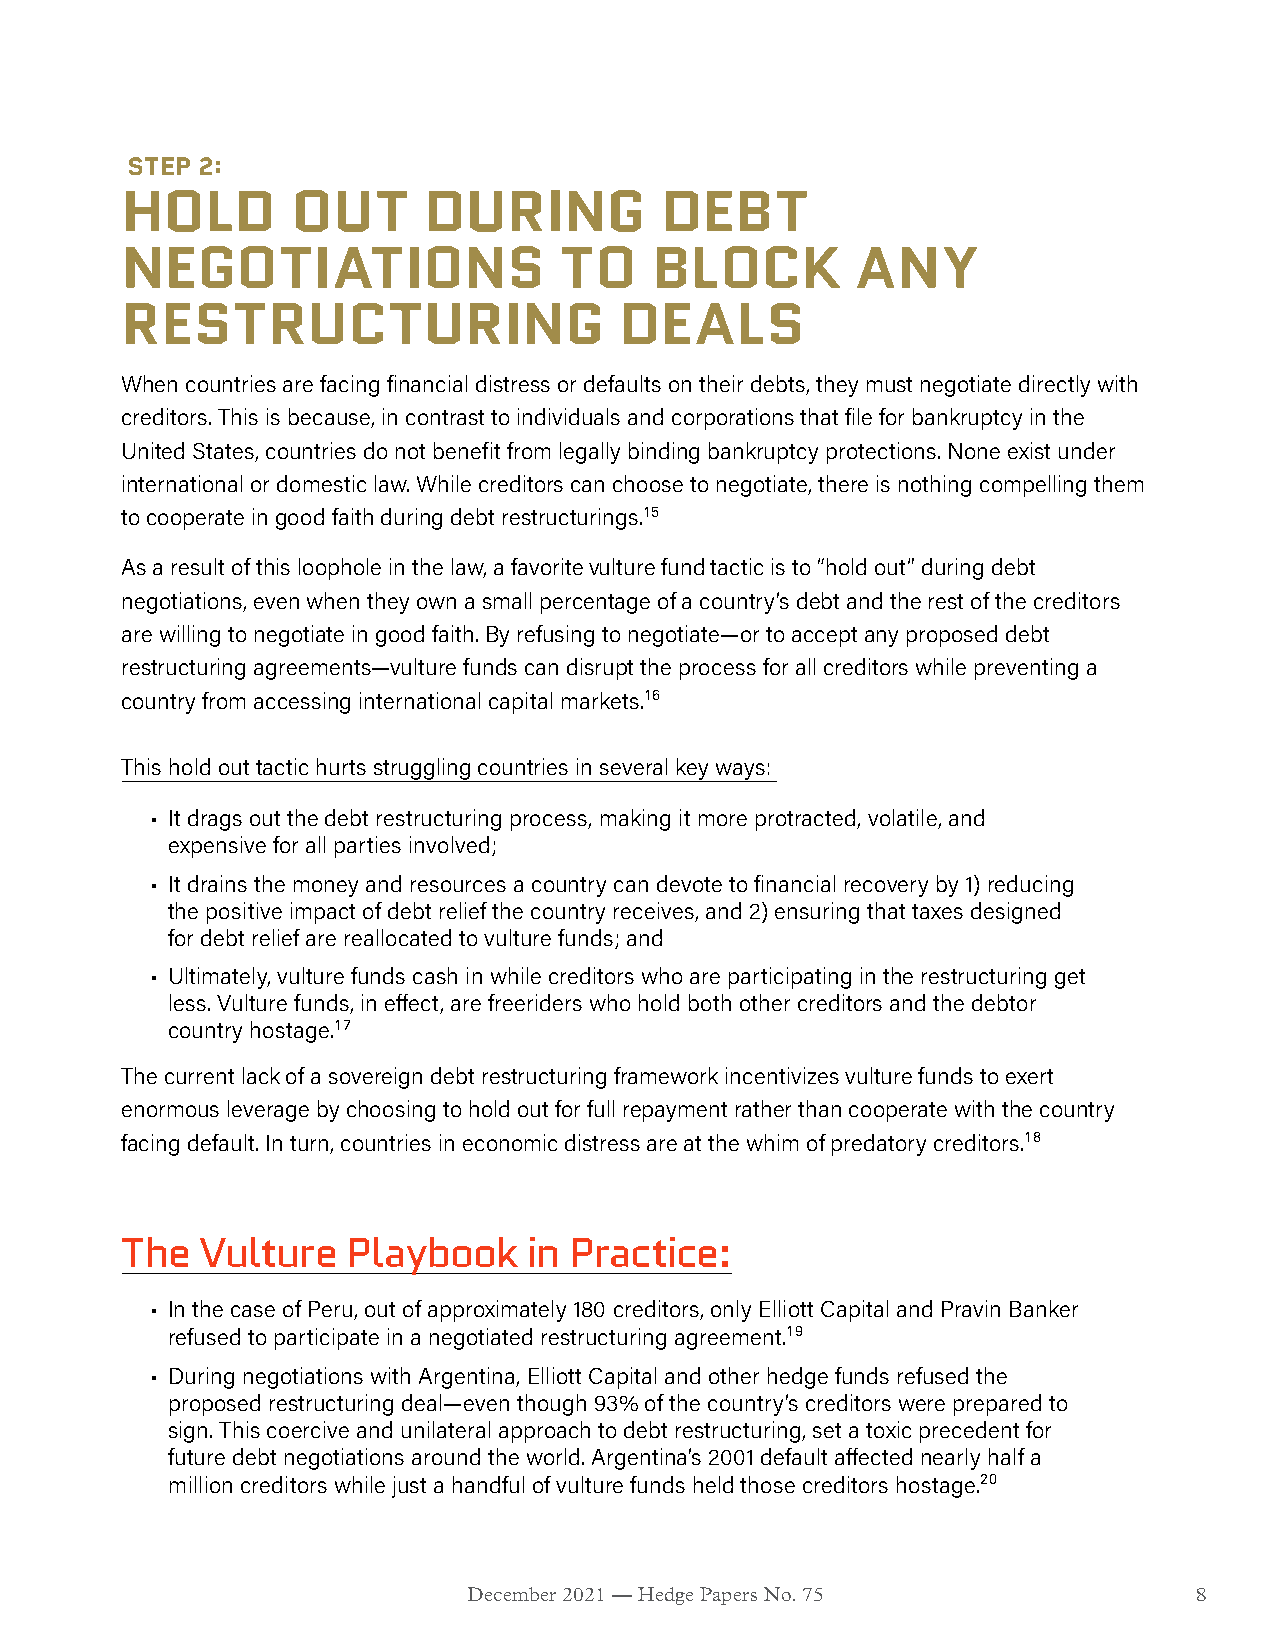
STEP 2:
 HOLD       OUT      DURING          DEBT
 NEGOTIATIONS                 TO    BLOCK         ANY
 RESTRUCTURING                    DEALS
 When countries are facing financial distress or defaults on their debts, they must negotiate directly with
 creditors. This is because, in contrast to individuals and corporations that file for bankruptcy in the
 United States, countries do not benefit from legally binding bankruptcy protections. None exist under
 international or domestic law. While creditors can choose to negotiate, there is nothing compelling them
 to cooperate in good faith during debt restructurings.15
 As a result of this loophole in the law, a favorite vulture fund tactic is to “hold out” during debt
 negotiations, even when they own a small percentage of a country’s debt and the rest of the creditors
 are willing to negotiate in good faith. By refusing to negotiate—or to accept any proposed debt
 restructuring agreements—vulture funds can disrupt the process for all creditors while preventing a
 country from accessing international capital markets.16
 This hold out tactic hurts struggling countries in several key ways:
 • It drags out the debt restructuring process, making it more protracted, volatile, and
 expensive for all parties involved;
 • It drains the money and resources a country can devote to financial recovery by 1) reducing
 the positive impact of debt relief the country receives, and 2) ensuring that taxes designed
 for debt relief are reallocated to vulture funds; and
 • Ultimately, vulture funds cash in while creditors who are participating in the restructuring get
 less. Vulture funds, in effect, are freeriders who hold both other creditors and the debtor
 country hostage.17
 The current lack of a sovereign debt restructuring framework incentivizes vulture funds to exert
 enormous leverage by choosing to hold out for full repayment rather than cooperate with the country
 facing default. In turn, countries in economic distress are at the whim of predatory creditors.18
 The  Vulture   Playbook    in Practice:
 • In the case of Peru, out of approximately 180 creditors, only Elliott Capital and Pravin Banker
 refused to participate in a negotiated restructuring agreement.19
 • During negotiations with Argentina, Elliott Capital and other hedge funds refused the
 proposed restructuring deal—even though 93% of the country’s creditors were prepared to
 sign. This coercive and unilateral approach to debt restructuring, set a toxic precedent for
 future debt negotiations around the world. Argentina’s 2001 default affected nearly half a
 million creditors while just a handful of vulture funds held those creditors hostage.20
 December 2021 — Hedge Papers No. 75             8